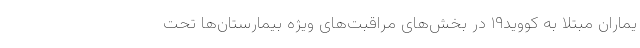
یماران مبتلا به کووید۱۹ در بخش‌های مراقبت‌های ویژه بیمارستان‌ها تحت